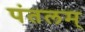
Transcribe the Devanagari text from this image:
पंतलम्